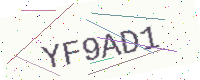
Text: YF9AD1